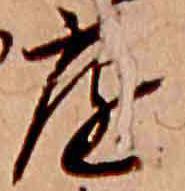
庭